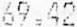
69.42